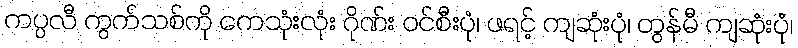
ကပ္ပလီ ကွက်သစ်ကို ကေသုံးလုံး ဂိုဏ်း ဝင်စီးပုံ၊ ဖရင့် ကျဆုံးပုံ၊ တွန်မီ ကျဆုံးပုံ၊